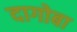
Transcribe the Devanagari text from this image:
दागोबा